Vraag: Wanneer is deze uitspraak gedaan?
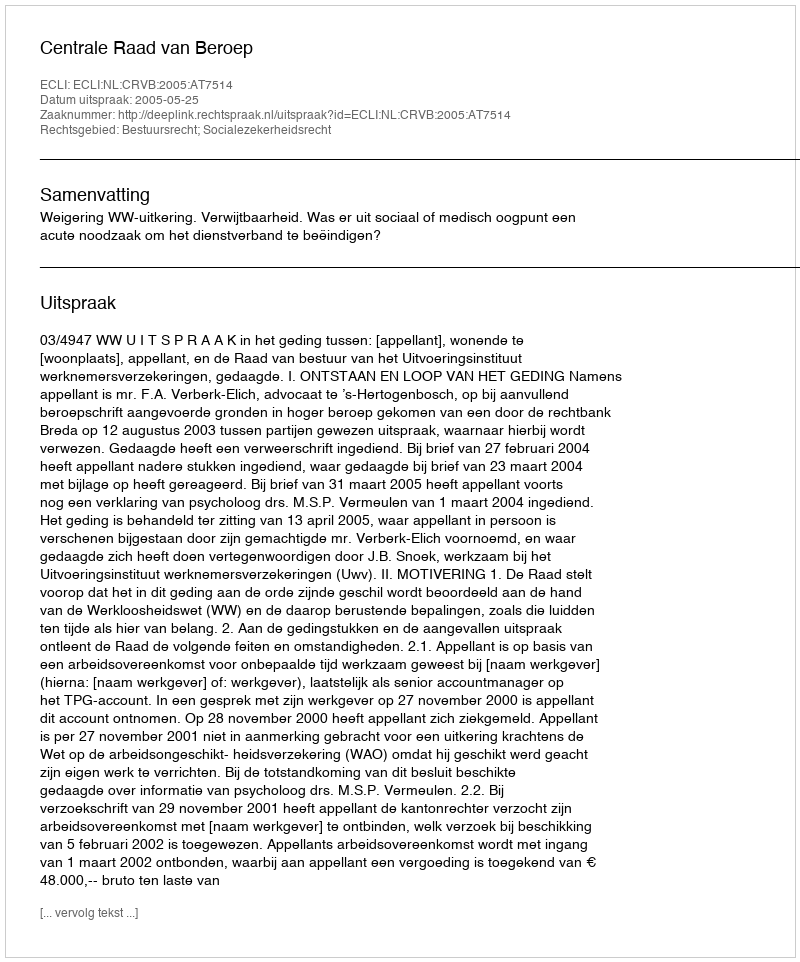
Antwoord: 2005-05-25